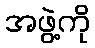
အဖွဲ့ကို